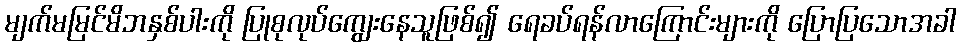
မျက်မမြင်မိဘနှစ်ပါးကို ပြုစုလုပ်ကျွေးနေသူဖြစ်၍ ရေခပ်ရန်လာကြောင်းများကို ပြောပြသောအခါ